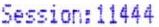
SESSION:11444